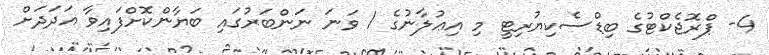
4- ޕްރޮޖެކްޓުގެ ބިޑްސެކިޔުރިޓީ މި އިޢުލާނުގެ 1 ވަނަ ނަންބަރުގައި ބަޔާންކޮށްފައިވާ އަދަދަށް